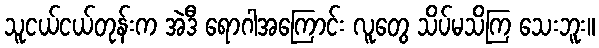
သူငယ်ငယ်တုန်းက အဲဒီ ရောဂါအကြောင်း လူတွေ သိပ်မသိကြ သေးဘူး။